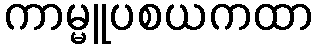
ကာမ္မူပစယကထာ